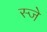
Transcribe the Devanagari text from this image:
स्जे